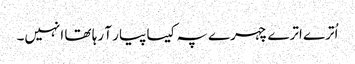
اُترے اترے چہرے پہ کیسا پیار آ رہا تھا انہیں۔